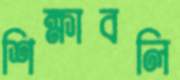
শিক্ষাবলি